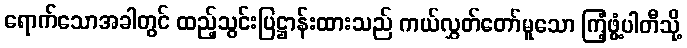
ရောက်သောအခါတွင် ထည့်သွင်းပြဋ္ဌာန်းထားသည် ကယ်လွှတ်တော်မူသော ကြံ့ဖွံ့ပါတီသို့